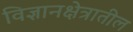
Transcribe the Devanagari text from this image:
विज्ञानक्षेत्रातील